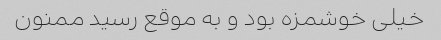
خیلی خوشمزه بود و به موقع رسید ممنون